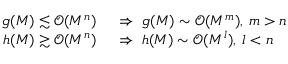
\begin{array} { r l } { g ( M ) \lesssim \mathcal { O } ( M ^ { n } ) \; } & { { } \Rightarrow \; g ( M ) \sim \mathcal { O } ( M ^ { m } ) , \: m > n } \\ { h ( M ) \gtrsim \mathcal { O } ( M ^ { n } ) \; } & { { } \Rightarrow \; h ( M ) \sim \mathcal { O } ( M ^ { l } ) , \: l < n } \end{array}